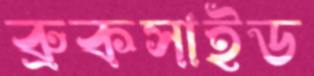
ব্রুকসাইড